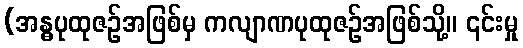
(အန္ဓပုထုဇဉ်အဖြစ်မှ ကလျာဏပုထုဇဉ်အဖြစ်သို့။ ၎င်းမှု